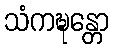
သံကဍ္ဎန္တော